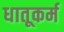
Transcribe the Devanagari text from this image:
धातूकर्म